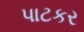
પાટકર